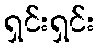
ရှင်းရှင်း